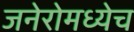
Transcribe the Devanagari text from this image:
जनेरोमध्येच